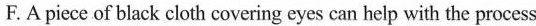
F. A piece of black cloth covering eyes can help with the process